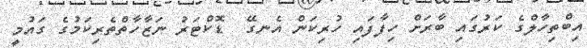
އިބްތިހާލްގެ ކަރުގައި ބާރަށް ހިފާފައި ހުރިކަން އެނގޭ  ޑޮކްޓަރު ނަޒާހާތްތެރިކަމުގެ ގައުމީ